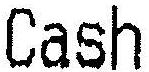
CASH